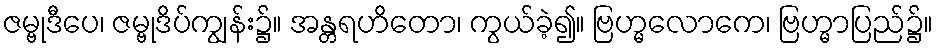
ဇမ္ဗုဒီပေ၊ ဇမ္ဗုဒိပ်ကျွန်း၌။ အန္တရဟိတော၊ ကွယ်ခဲ့၍။ ဗြဟ္မလောကေ၊ ဗြဟ္မာပြည်၌။